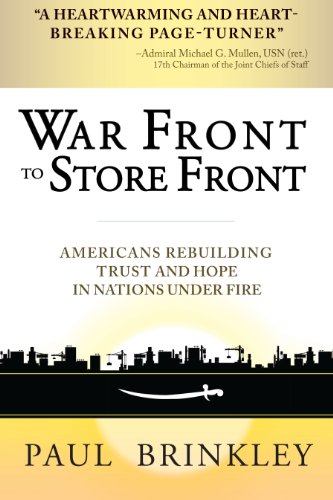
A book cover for War Front to Store Front: Americans Rebuilding Trust and Hope in Nations Under Fire; Paul Brinkley; Business & Money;